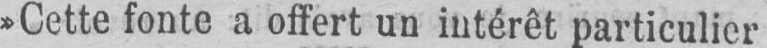
»Cette fonte a offert un intérêt particulier